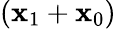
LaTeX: (\mathbf{x}_{1}+\mathbf{x}_{0})